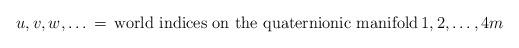
LaTeX: \begin{align*}u,v,w,\dots \, = \, \mbox{world indices on the quaternionic manifold}\, 1,2,\dots,4m\end{align*}